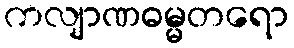
ကလျာဏဓမ္မတရော